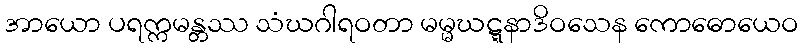
အာယော ပရက္ကမန္တဿ သံဃဂါရဝတာ မမ္မဃဋ္ဋနာဒိဝသေန ကောဓောယေဝ